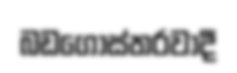
බඩගෝස්තරවාදී